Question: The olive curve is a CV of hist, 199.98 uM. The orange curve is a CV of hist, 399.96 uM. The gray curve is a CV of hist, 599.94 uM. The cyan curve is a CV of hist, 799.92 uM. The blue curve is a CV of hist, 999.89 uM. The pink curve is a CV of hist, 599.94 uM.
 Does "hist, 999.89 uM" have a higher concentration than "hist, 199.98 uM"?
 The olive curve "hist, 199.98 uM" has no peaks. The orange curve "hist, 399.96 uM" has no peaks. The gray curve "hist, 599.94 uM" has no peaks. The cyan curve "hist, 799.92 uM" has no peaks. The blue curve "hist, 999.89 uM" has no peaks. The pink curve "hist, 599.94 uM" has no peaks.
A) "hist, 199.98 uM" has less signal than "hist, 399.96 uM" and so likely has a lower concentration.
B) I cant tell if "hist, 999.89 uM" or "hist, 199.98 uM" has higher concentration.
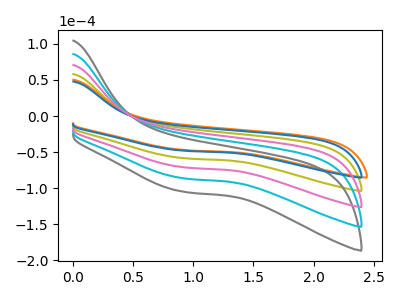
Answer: <think>Neither "hist, 999.89 uM" or "hist, 199.98 uM" have any peaks.
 </think>
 <answer>B) I cant tell if "hist, 999.89 uM" or "hist, 199.98 uM" has higher concentration.</answer>
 <eval>B</eval>